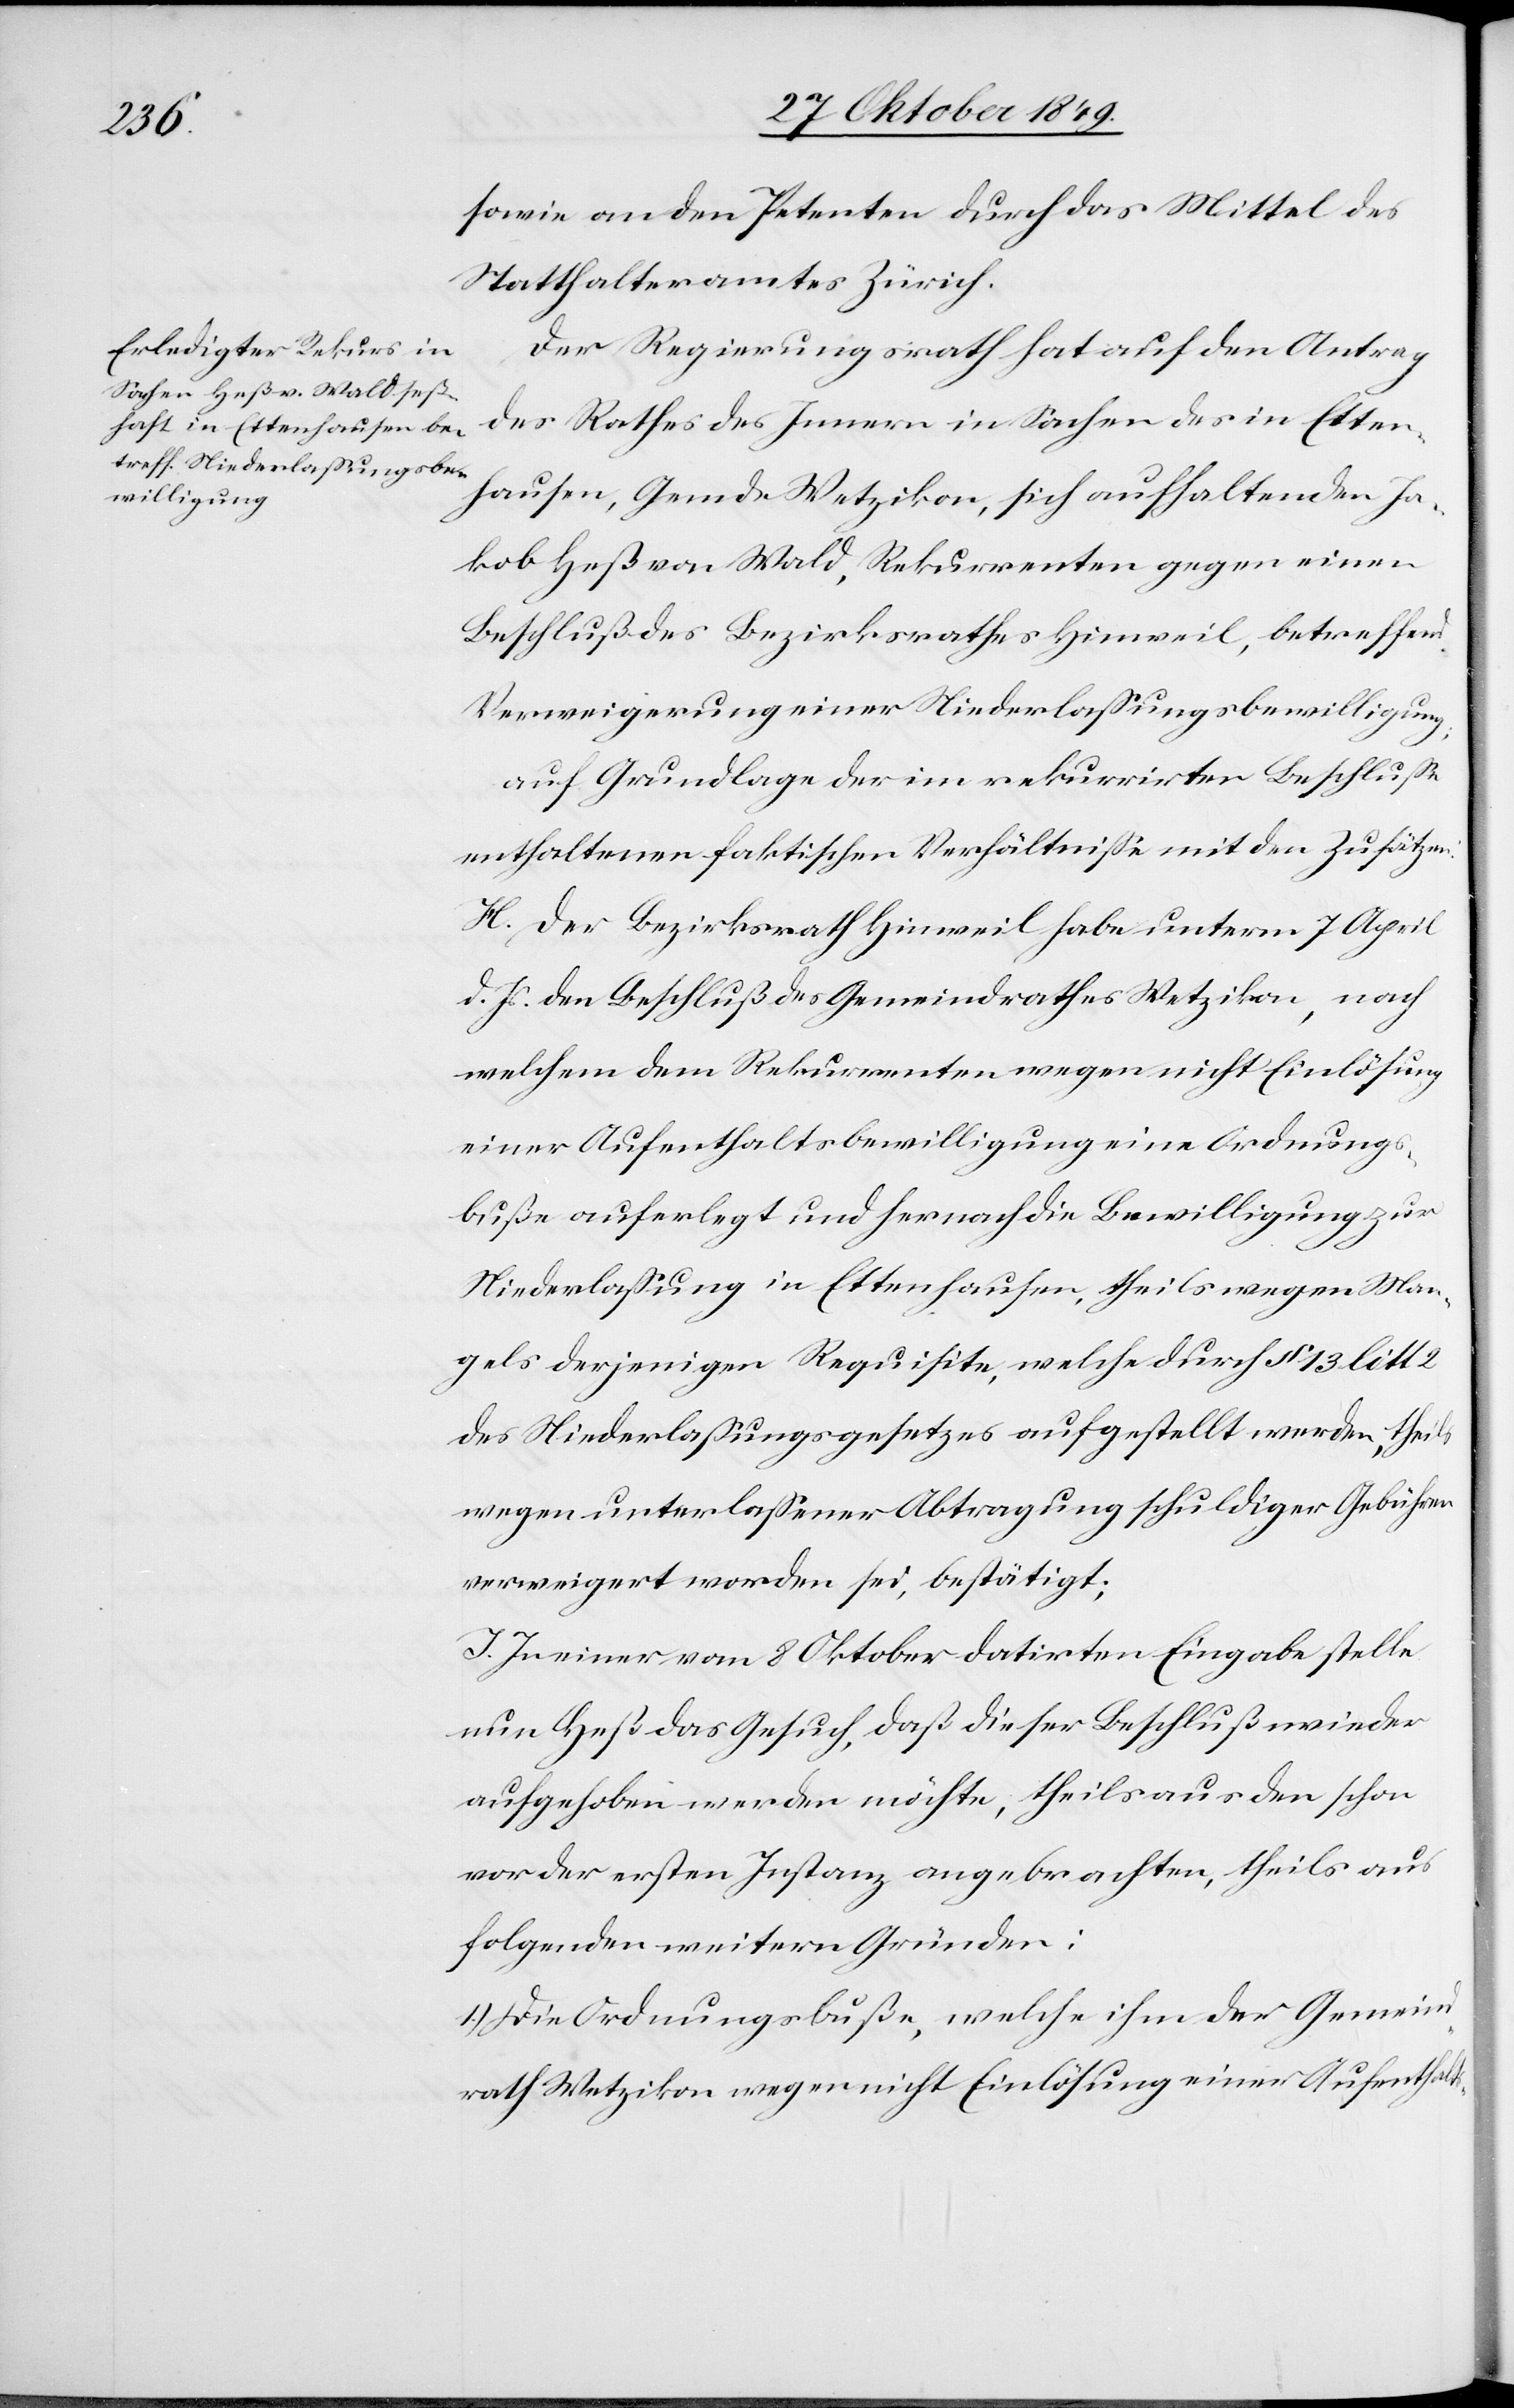
sowie an den Petenten durch das Mittel des
Statthalteramtes Zürich.
Der Regierungsrath hat auf den Antrag
des Rathes des Innern in Sachen des in Etten¬
hausen, Gemde Wytikon, sich aufhaltenden Ja¬
kob Heß von Wald, Rekurrenten gegen einen
Beschluß des Bezirksrathes Hinweil, betreffend
Verweigerung einer Niederlaßungsbewilligung;
auf Grundlage der im rekurrirten Beschluße
enthaltenen faktischen Verhältniße mit den Zusätzen.
H. Der Bezirksrath Hinweil habe unterm 7 April
d. Js. den Beschluß des Gemeindrathes Wetzikon, nach
welchem dem Rekurrenten wegen nicht Einlösung
einer Aufenthaltsbewilligung eine Ordnungs¬
buße auferlegt und hernach die Bewilligung zur
Niederlaßung in Ettenhausen, theils wegen Man¬
gels derjenigen Requisite, welche durch § 13 litt 2
des Niederlaßungsgesetzes aufgestellt werden, theils
wegen unterlaßener Abtragung schuldiger Gebühren
verweigert worden sei, bestätigt;
J. In einer vom 8 Oktober datirten Eingabe stelle
nun Heß das Gesuch, daß dieser Beschluß wieder
aufgehoben werden möchte, theils aus den schon
vor der ersten Instanz angebrachten, theils aus
folgenden weitern Gründen:
1.) Die Ordnungsbuße, welche ihm der Gemein¬
drath Wetzikon wegen nicht Einlösung einer Aufenthalts-